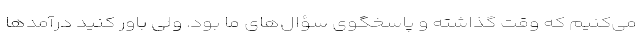
می‌کنیم که وقت گذاشته و پاسخگوی سؤال‌های ما بود. ولی باور کنید درآمدها